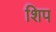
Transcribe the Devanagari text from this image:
शिप